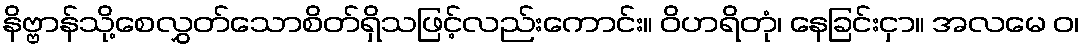
နိဗ္ဗာန်သို့စေလွှတ်သောစိတ်ရှိသဖြင့်လည်းကောင်း။ ဝိဟရိတုံ၊ နေခြင်းငှာ။ အလမေ ဝ၊